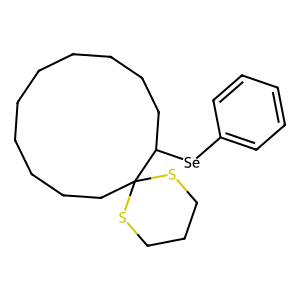
SMILES: c1ccc([Se]C2CCCCCCCCCCC23SCCCS3)cc1
Inhibits HIV replication: No